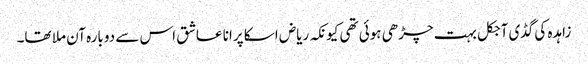
زاہدہ کی گڈی آجکل بہت چڑھی ہوئی تھی کیونکہ ریاض اسکا پرانا عاشق اس سے دوبارہ آن ملا تھا۔